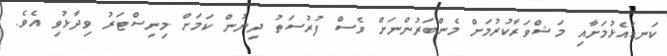
ކަނޑައެޅުމަށާއި މަޝްވަރާކުރުމަށް މެންބަރުންނަށް ވެސް ފުރުސަތު ދިނުން ކަމަށް މިނިސްޓަރު ވިދާޅުވި އެވެ.